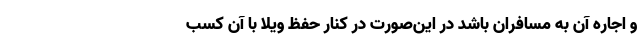
و اجاره آن به مسافران باشد در این‌صورت در کنار حفظ ویلا با آن کسب